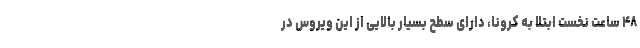
۴۸ ساعت نخست ابتلا به کرونا، دارای سطح بسیار بالایی از این ویروس در